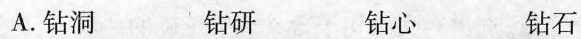
A.钻洞 钻研 钻心 钻石